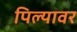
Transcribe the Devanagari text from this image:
पिल्यावर